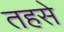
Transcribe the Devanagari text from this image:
तहसे